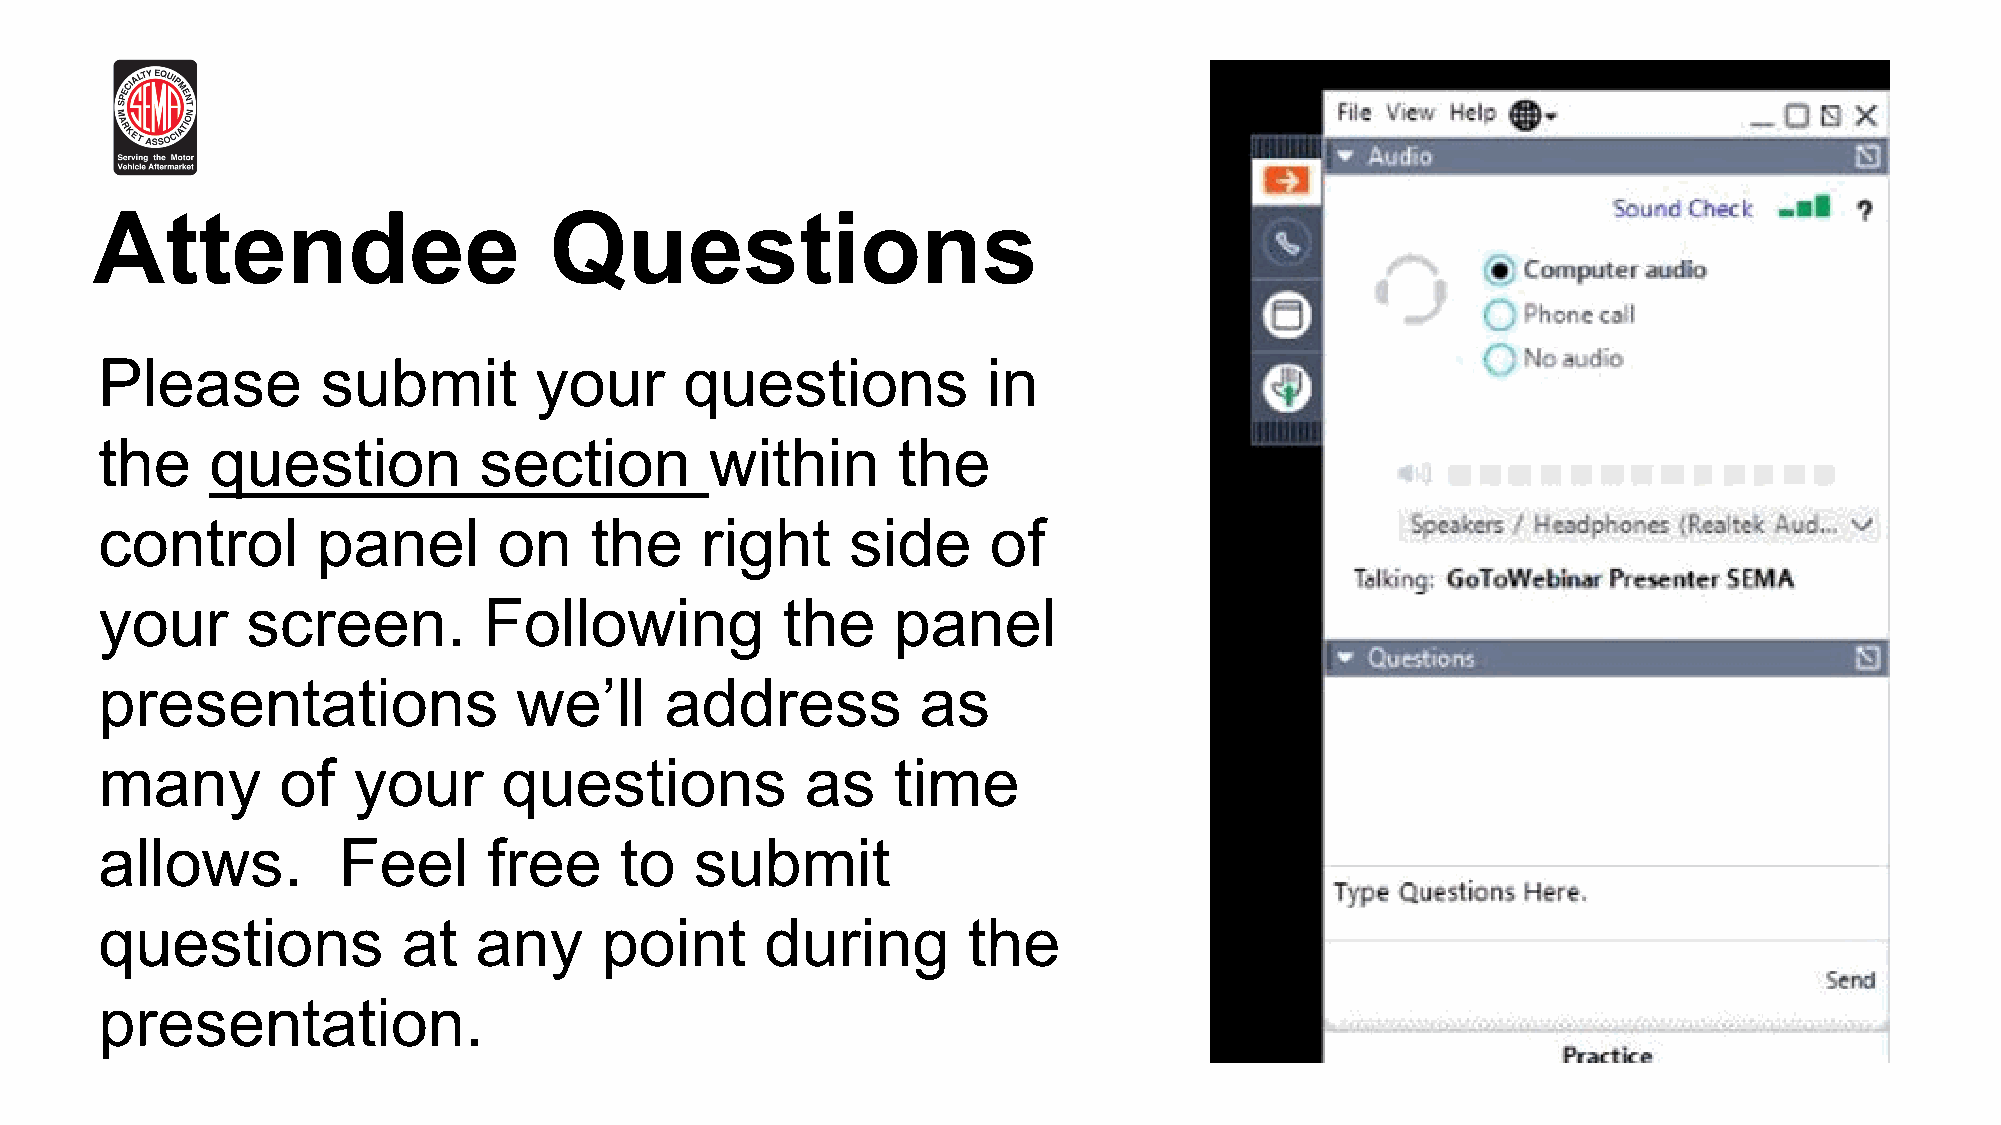
Attendee                      Questions
 Please        submit        your      questions           in
 the    question          section        within      the
 control       panel       on    the    right     side      of
 your     screen.         Following           the    panel
 presentations              we’ll     address          as
 many        of  your      questions           as    time
 allows.        Feel      free     to   submit
 questions           at  any      point      during       the
 presentation.